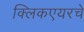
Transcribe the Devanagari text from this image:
क्लिकएयरचे